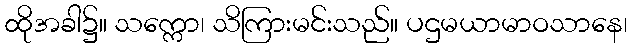
ထိုအခါ၌။ သက္ကော၊ သိကြားမင်းသည်။ ပဌမယာမာဝသာနေ၊